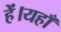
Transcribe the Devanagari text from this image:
हें।यहाँ